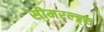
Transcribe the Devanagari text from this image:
सीमरल्ड्स